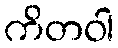
ကိတဝါ